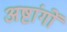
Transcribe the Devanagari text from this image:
अष्टांगों